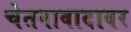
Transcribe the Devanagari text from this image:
चेतनावादावर